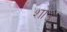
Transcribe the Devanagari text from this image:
शाउ